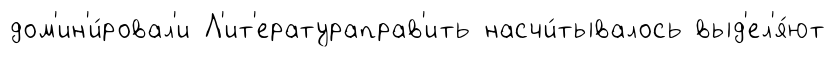
дом'ин'и́ровал'и Л'ит'ератураправ'ить насчи́тывалось выд'ел'я́ют